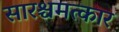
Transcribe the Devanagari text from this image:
सारश्चमत्कार